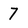
Character: 7